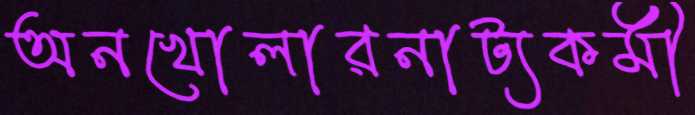
অনখোলারনাট্যকর্মী